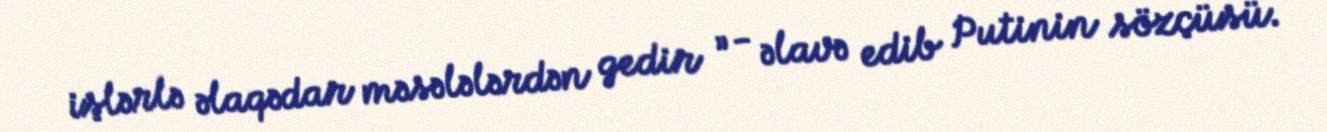
işlərlə əlaqədar məsələlərdən gedir ” - əlavə edib Putinin sözçüsü.